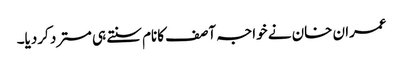
عمران خان نے خواجہ آصف کانام سنتے ہی مسترد کردیا۔